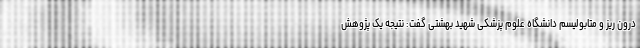
درون ریز و متابولیسم دانشگاه علوم پزشکی شهید بهشتی گفت: نتیجه یک پژوهش